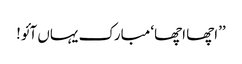
’’اچھا اچھا‘ مبارک یہاں آئو!